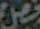
فصل